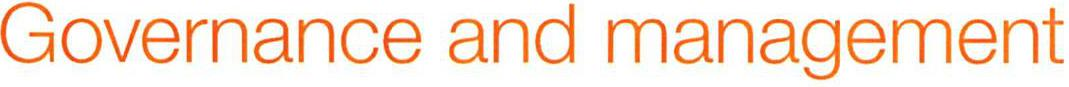
Governance and management